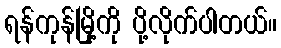
ရန်ကုန်မြို့ကို ပို့လိုက်ပါတယ်။